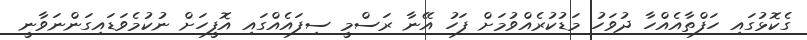
ގެކޮޅުގައި ހަފްތާއެއްހާ ދުވަހު މަޑުކުރެއްވުމަށް ފަހު އޭނާ ރަސްމީ ސިފައެއްގައި އޮފީހަށް ނުކުމެވަޑައިގަންނަވާނީ